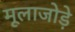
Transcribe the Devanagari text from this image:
मूलाजोड़े